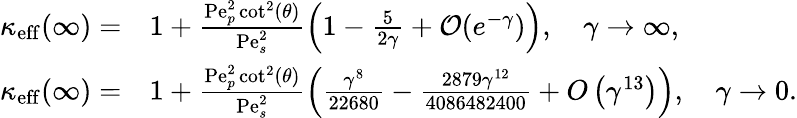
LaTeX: \begin{array}{rl}{\kappa_{\mathrm{eff}}(\infty)=}&{1+\frac{\mathrm{Pe}_{p}^{2}\cot^{2}(\theta)}{\mathrm{Pe}_{s}^{2}}\left(1-\frac{5}{2\gamma}+\mathcal{O}(e^{-\gamma})\right),\quad\gamma\rightarrow\infty,}\\ {\kappa_{\mathrm{eff}}(\infty)=}&{1+\frac{\mathrm{Pe}_{p}^{2}\cot^{2}(\theta)}{\mathrm{Pe}_{s}^{2}}\left(\frac{\gamma^{8}}{22680}-\frac{2879\gamma^{12}}{4086482400}+O\left(\gamma^{13}\right)\right),\quad\gamma\rightarrow 0.}\end{array}